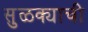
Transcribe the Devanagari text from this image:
सुळक्याची